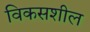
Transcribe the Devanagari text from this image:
विकसशील